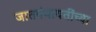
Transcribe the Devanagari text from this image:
जातपंचायतींच्या